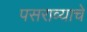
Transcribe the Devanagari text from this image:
पसराव्याचे